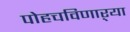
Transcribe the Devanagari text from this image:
पोहचविणाऱ्या